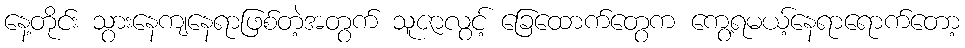
နေ့တိုင်း သွားနေကျနေရာဖြစ်တဲ့အတွက် သူဇာလွင့် ခြေထောက်တွေက ကွေ့ရမယ့်နေရာရောက်တော့